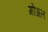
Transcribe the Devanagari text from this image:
गोअल